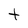
Character: t